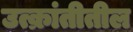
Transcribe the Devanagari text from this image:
उत्क्रांतीतील